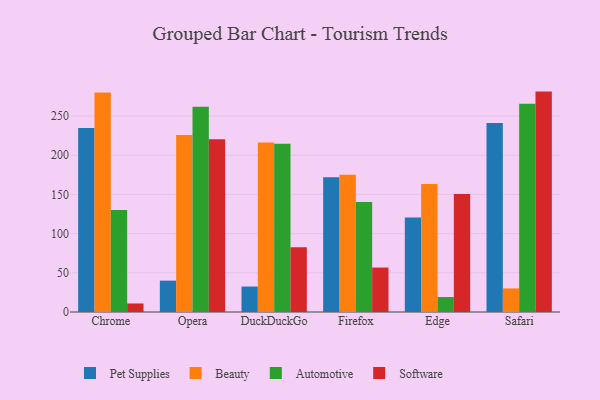
{"axis": {"x": "Browser", "y": "Temperature (°C)"}, "legend": ["Automotive", "Beauty", "Pet Supplies", "Software"], "data": [{"x": "Chrome", "y": 234.9, "type": "Pet Supplies"}, {"x": "Chrome", "y": 280.0, "type": "Beauty"}, {"x": "Chrome", "y": 130.0, "type": "Automotive"}, {"x": "Chrome", "y": 10.9, "type": "Software"}, {"x": "Opera", "y": 40.0, "type": "Pet Supplies"}, {"x": "Opera", "y": 225.7, "type": "Beauty"}, {"x": "Opera", "y": 262.0, "type": "Automotive"}, {"x": "Opera", "y": 220.4, "type": "Software"}, {"x": "DuckDuckGo", "y": 32.5, "type": "Pet Supplies"}, {"x": "DuckDuckGo", "y": 216.2, "type": "Beauty"}, {"x": "DuckDuckGo", "y": 214.7, "type": "Automotive"}, {"x": "DuckDuckGo", "y": 82.7, "type": "Software"}, {"x": "Firefox", "y": 171.8, "type": "Pet Supplies"}, {"x": "Firefox", "y": 175.0, "type": "Beauty"}, {"x": "Firefox", "y": 140.3, "type": "Automotive"}, {"x": "Firefox", "y": 56.7, "type": "Software"}, {"x": "Edge", "y": 120.5, "type": "Pet Supplies"}, {"x": "Edge", "y": 163.4, "type": "Beauty"}, {"x": "Edge", "y": 19.1, "type": "Automotive"}, {"x": "Edge", "y": 150.7, "type": "Software"}, {"x": "Safari", "y": 241.1, "type": "Pet Supplies"}, {"x": "Safari", "y": 30.1, "type": "Beauty"}, {"x": "Safari", "y": 265.8, "type": "Automotive"}, {"x": "Safari", "y": 281.2, "type": "Software"}]}